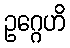
ဥဂ္ဂေဟိ